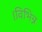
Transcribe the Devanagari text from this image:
।विभिन्न